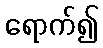
ရောက်၍